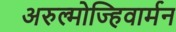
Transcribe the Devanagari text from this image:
अरुल्मोज्हिवार्मन